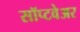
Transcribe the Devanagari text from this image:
सॉप्टवेअर